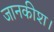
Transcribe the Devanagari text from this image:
जानकीश।